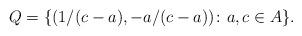
LaTeX: \begin{align*}Q=\{(1/(c-a), -a/(c-a))\colon a,c\in A\}.\end{align*}